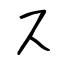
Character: ス